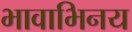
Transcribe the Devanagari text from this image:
भावाभिनय